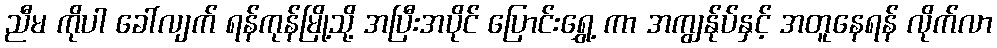
ညီမ ကိုပါ ခေါ်လျက် ရန်ကုန်မြို့သို့ အပြီးအပိုင် ပြောင်းရွှေ့ ကာ အကျွန်ုပ်နှင့် အတူနေရန် လိုက်လာ